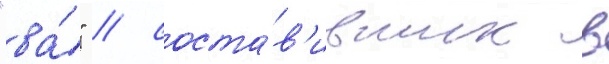
"ва́" / соста́в'ивших в